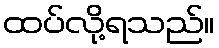
ထပ်လို့ရသည်။